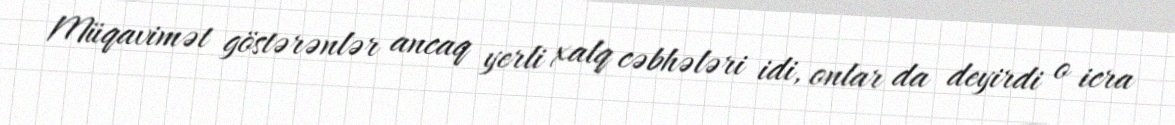
Müqavimət göstərənlər ancaq yerli xalq cəbhələri idi, onlar da deyirdi o icra